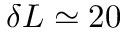
\delta L \simeq 2 0